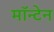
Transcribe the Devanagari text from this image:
मॉन्टेन